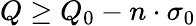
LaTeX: Q\geq Q_{0}-n\cdot\sigma_{0}